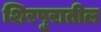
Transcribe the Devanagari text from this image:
शिरपुरातील